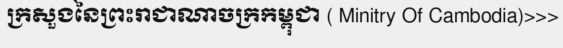
ក្រសួងនៃព្រះរាជាណាចក្រកម្ពុជា ( Minitry Of Cambodia)>>>